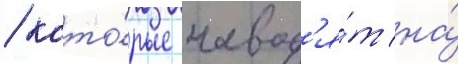
/ кото́рые навод'я́т на́